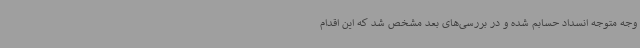
وجه متوجه انسداد حسابم شده و در بررسی‌های بعد مشخص شد که این اقدام